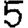
Digit: 5